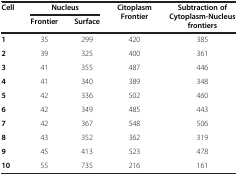
| <ROWSPAN=2> Cell | <COLSPAN=2> Nucleus | <ROWSPAN=2> Citoplasm Frontier | <ROWSPAN=2> Subtraction of Cytoplasm-Nucleus frontiers |
 | Frontier | Surface |
 | --- | --- | --- | --- | --- |
 | 1 | 35 | 299 | 420 | 385 |
 | 2 | 39 | 325 | 400 | 361 |
 | 3 | 41 | 355 | 487 | 446 |
 | 4 | 41 | 340 | 389 | 348 |
 | 5 | 42 | 336 | 502 | 460 |
 | 6 | 42 | 349 | 485 | 443 |
 | 7 | 42 | 367 | 548 | 506 |
 | 8 | 43 | 352 | 362 | 319 |
 | 9 | 45 | 413 | 523 | 478 |
 | 10 | 55 | 735 | 216 | 161 |